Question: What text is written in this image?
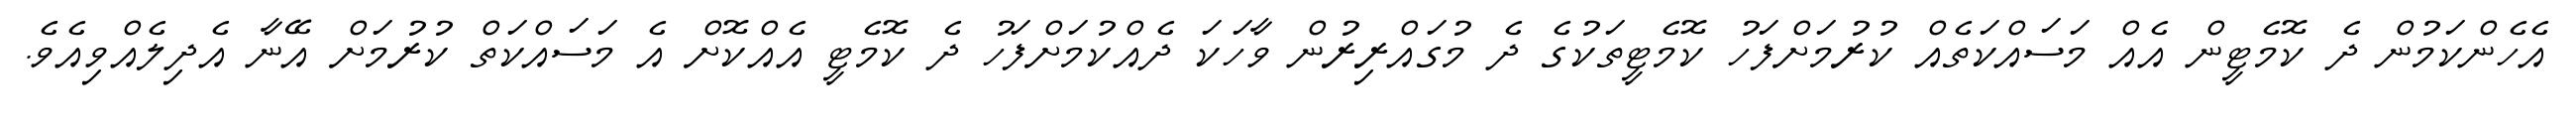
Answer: އެހެންކަމުން ދެ ކޮމެޓީން އެއް މަސައްކަތެއް ކުރުމަށްފަހު ކޮމެޓީތަކުގެ ދެ މުގައްރިރުން ވާހަކަ ދެއްކުމަށްފަހު ދެ ކޮމެޓީ އެއްކޮށް އެ މަސައްކަތް ކުރުމަށް އޭނާ އެދިލެއްވިއެވެ.